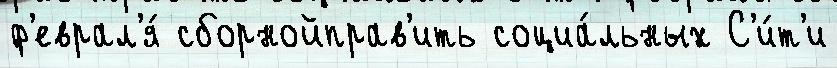
ф'еврал'я́ сборнойправ'ить социа́льных С'и́т'и